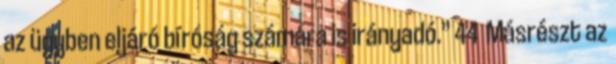
az ügyben eljáró bíróság számára is irányadó.” 44 Másrészt az